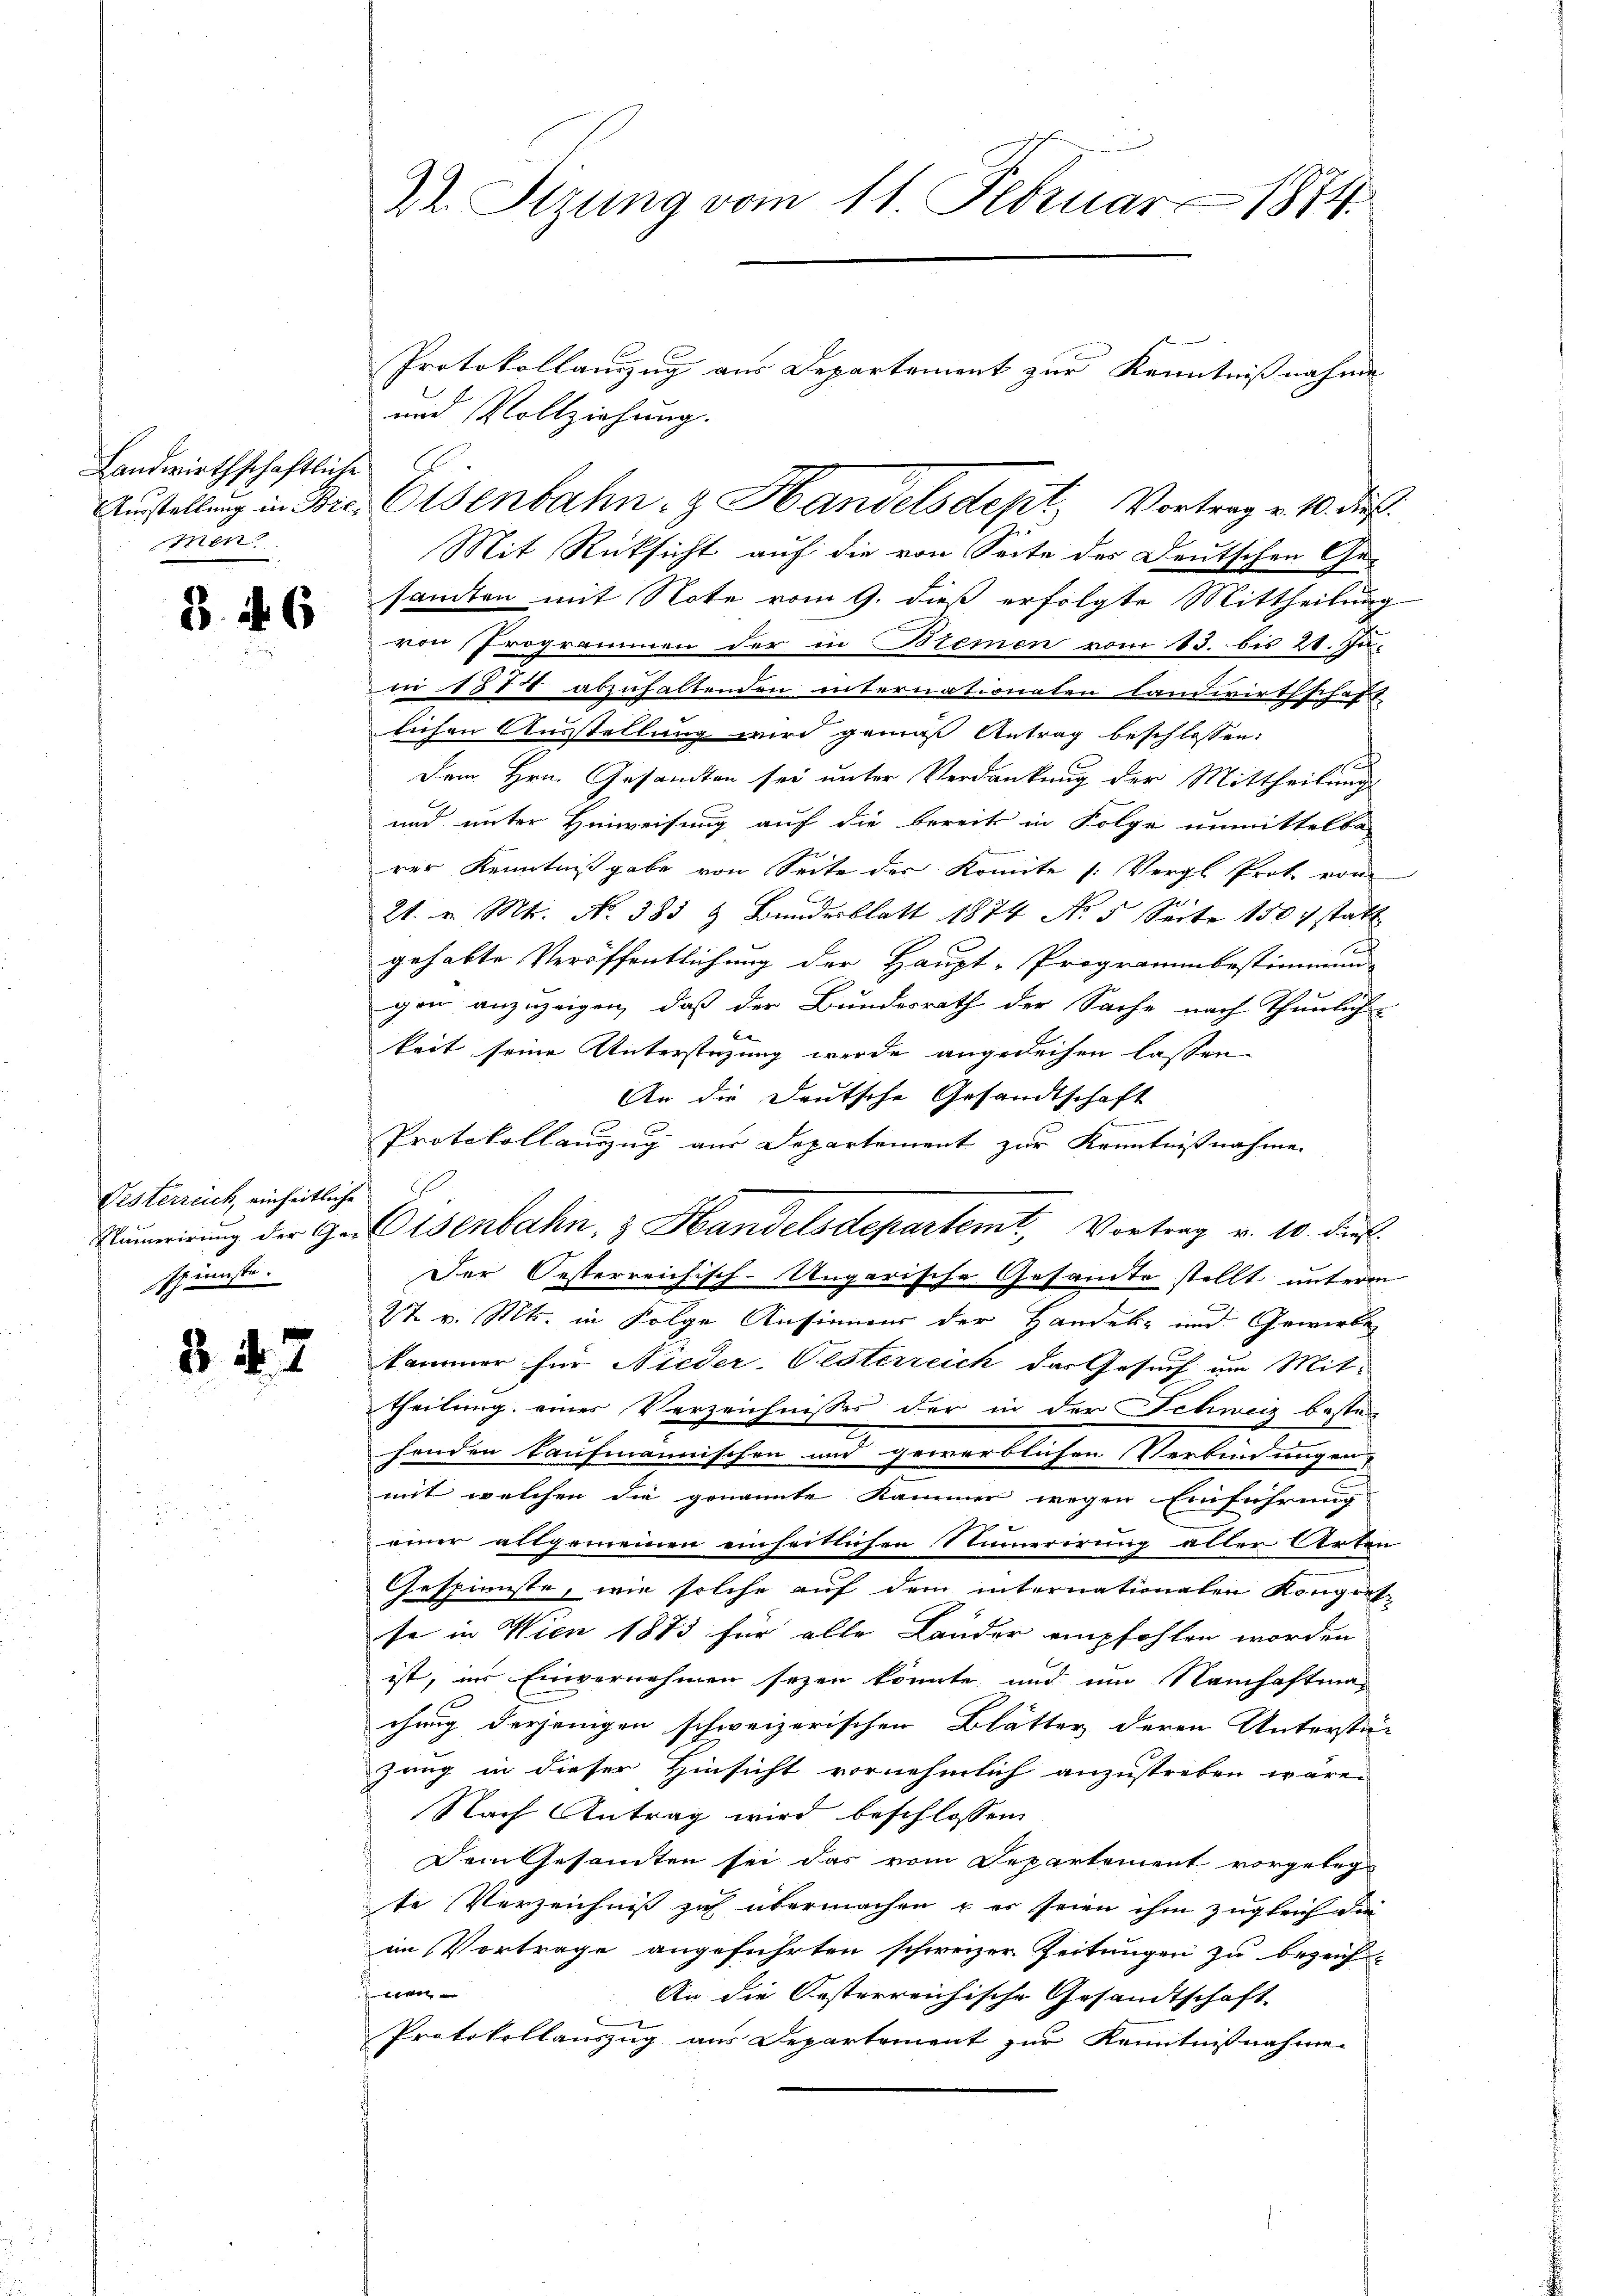
Landwirthschaftliche
men

B 46

Oesterreich einheitliche
schiniste.

347

22. Sizung vom 11. Februar 1874

Protokollanzug aus Departement zur Kenntnissnahme |
und Vollziehung.
Aŭstellŭng in Bre. Eisenbahn- & Handelsdept Vortrag v. 10. dies
Mit Rücksicht auf die von Seite des Deutschen Ge-
sandten mit Note vom 9. dieß erfolgte Mittheilung
von Programmen der in Bremen vom 13. bis 21. Juni 1874 abzuhaltenden internationaten Landwirthschaft
lichen Ausstellung wird gemäß Antrag beschlossen:
h
Dem Hrn. Gesandten sei unter Verdankung der Mittheilung
B
und unter Hinweisung auf die bereits in Folge unmittelba-
rer Kenntnißgabe von Seite des Komite (: Vergl. Prot von
21. v. Mt. N. 385 & Bundesblatt 1874 No 5 Seite 1507 statt
gehabte Veröffentlichung der Haupt-Programmbestimmung
gen anzuzeigen, daß der Bundesrath der Sache nach Thunliche
keit seine Unterstüzung wurde angedeihen lassen.
An die Deutsche Gesandtschaft
Protokollauszug aus Departement zur Kenntnißnahme
Mummirung der Ges. Eisenbahn, 3 Handelsdepartemt, Vortrag v. 10. dies
Der Oesterreichisch-Ungarische Gesandte stellt unterm
2t v. Mts. in Folge Ansinnens der Handel- und Gewirbe
kammer für Nieder-Oesterreich das Gesuch um Mittheilung eines Verzeichnisses der in der Schweiz besten
henden kaufmännischen und gewerblichen Verbindungen
mit welchen die genannte Kammer wegen Einführung
einer allgemeinen einheitlichen Numerirung aller Arten
Gespinnste, wie solche auf dem internationalen Kongretse in Wien 1873 für alle Lander empfohlen worden
ist, um Einvernehmen seyen könnte und um Namhaftman
chung derjenigen schweizerischen Blätter deren Unterstan
zung in dieser Hinsicht vornehmlich anzustreben wäre.
Nach Antrag wird beschlossen
Dem Gesamten sei das vom Departement vorgeleg
te Verzeichnis zu übermachen – er seien ihm zugleich die
im Vortrage angeführten schweizer Zeitungen zu bezeich-
l
An die Oesterreichische Gesandtschaft
Protokollauszug aus Departement zur Kenntnisnahme